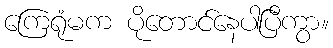
ကြေရုံမက ပိုတောင်နေပါပြီကွာ။